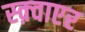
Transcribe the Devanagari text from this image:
स्क़्वाएर